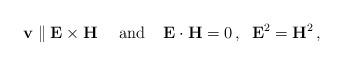
LaTeX: \begin{align*} \mathbf{v}\parallel \mathbf{E}\times\mathbf{H}\,\;\;\;\; {\rm and}\;\;\;\;\mathbf{E}\cdot \mathbf{H}=0\,,\;\;\mathbf{E}^2=\mathbf{H}^2\,,\end{align*}